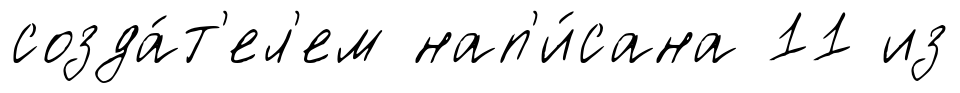
созда́т'ел'ем нап'и́сана 11 из